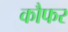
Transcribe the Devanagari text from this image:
कौफर